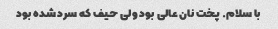
با سلام. پخت نان عالی بود ولی حیف که سرد شده بود